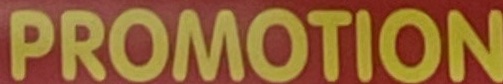
PROMOTION